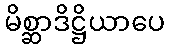
မိစ္ဆာဒိဋ္ဌိယာပေ